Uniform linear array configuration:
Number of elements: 16
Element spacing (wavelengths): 0.5
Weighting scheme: hamming
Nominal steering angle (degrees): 30
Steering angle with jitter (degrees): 30.649
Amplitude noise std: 0.05
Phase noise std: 0.05

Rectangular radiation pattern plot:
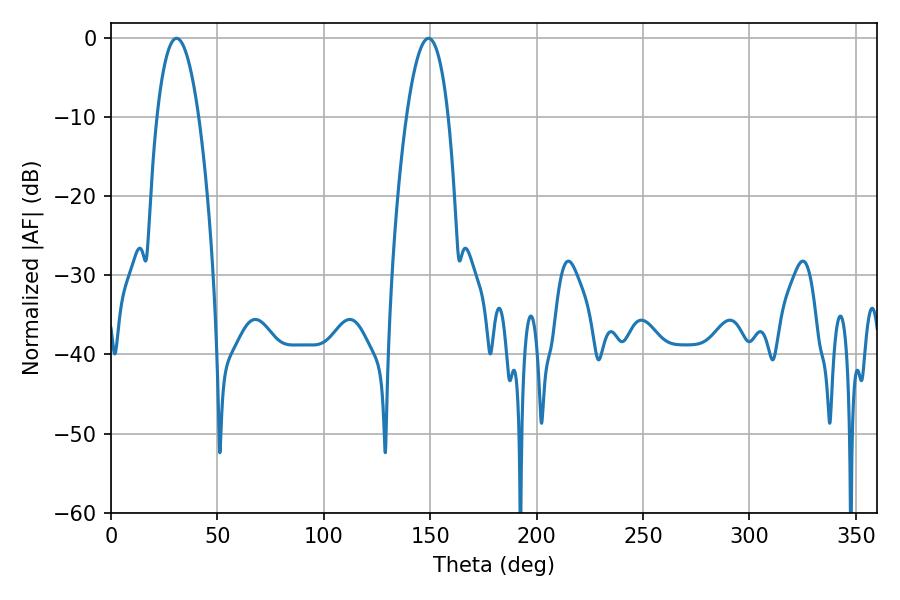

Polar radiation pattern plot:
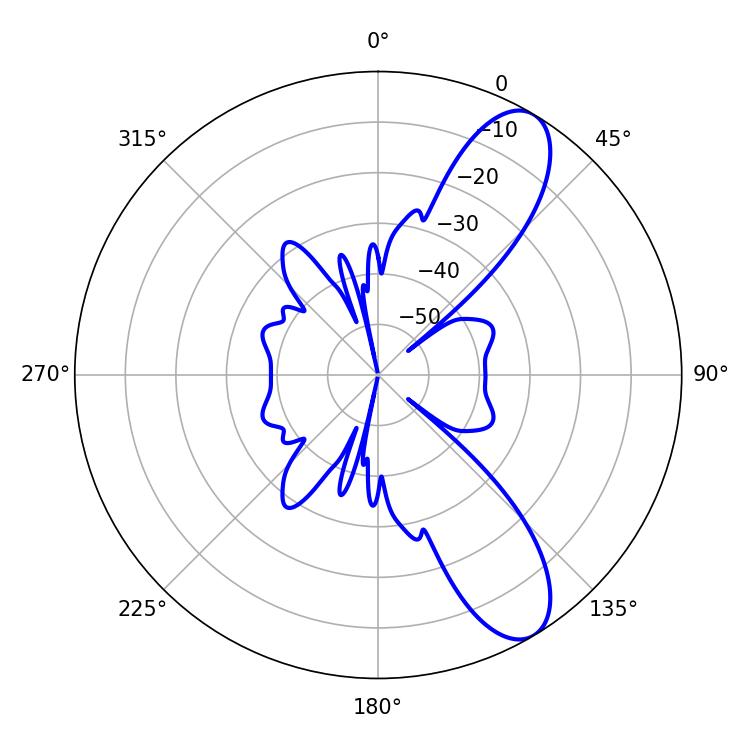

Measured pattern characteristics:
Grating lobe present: FALSE
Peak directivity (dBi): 9.805
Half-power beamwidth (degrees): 10.8
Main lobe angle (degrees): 30.78